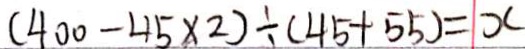
( 4 0 0 - 4 5 \times 2 ) \div ( 4 5 + 5 5 ) = 1 x